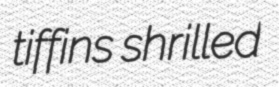
tiffins shrilled